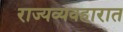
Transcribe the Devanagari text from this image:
राज्यव्यवहारात